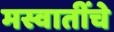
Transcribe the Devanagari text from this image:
मस्वातींचे